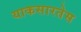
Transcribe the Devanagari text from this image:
याकसारतेस